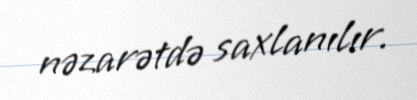
nəzarətdə saxlanılır.